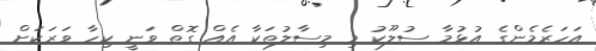
އަހަރެމެންގެ އުޅުމާ ސުލޫކު މި މިސާލުތަކާ އެއް ގޮތް ވަނީ ކިހާ ވަރަކަށް